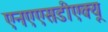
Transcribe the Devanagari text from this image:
एनएएसडीएक्यू